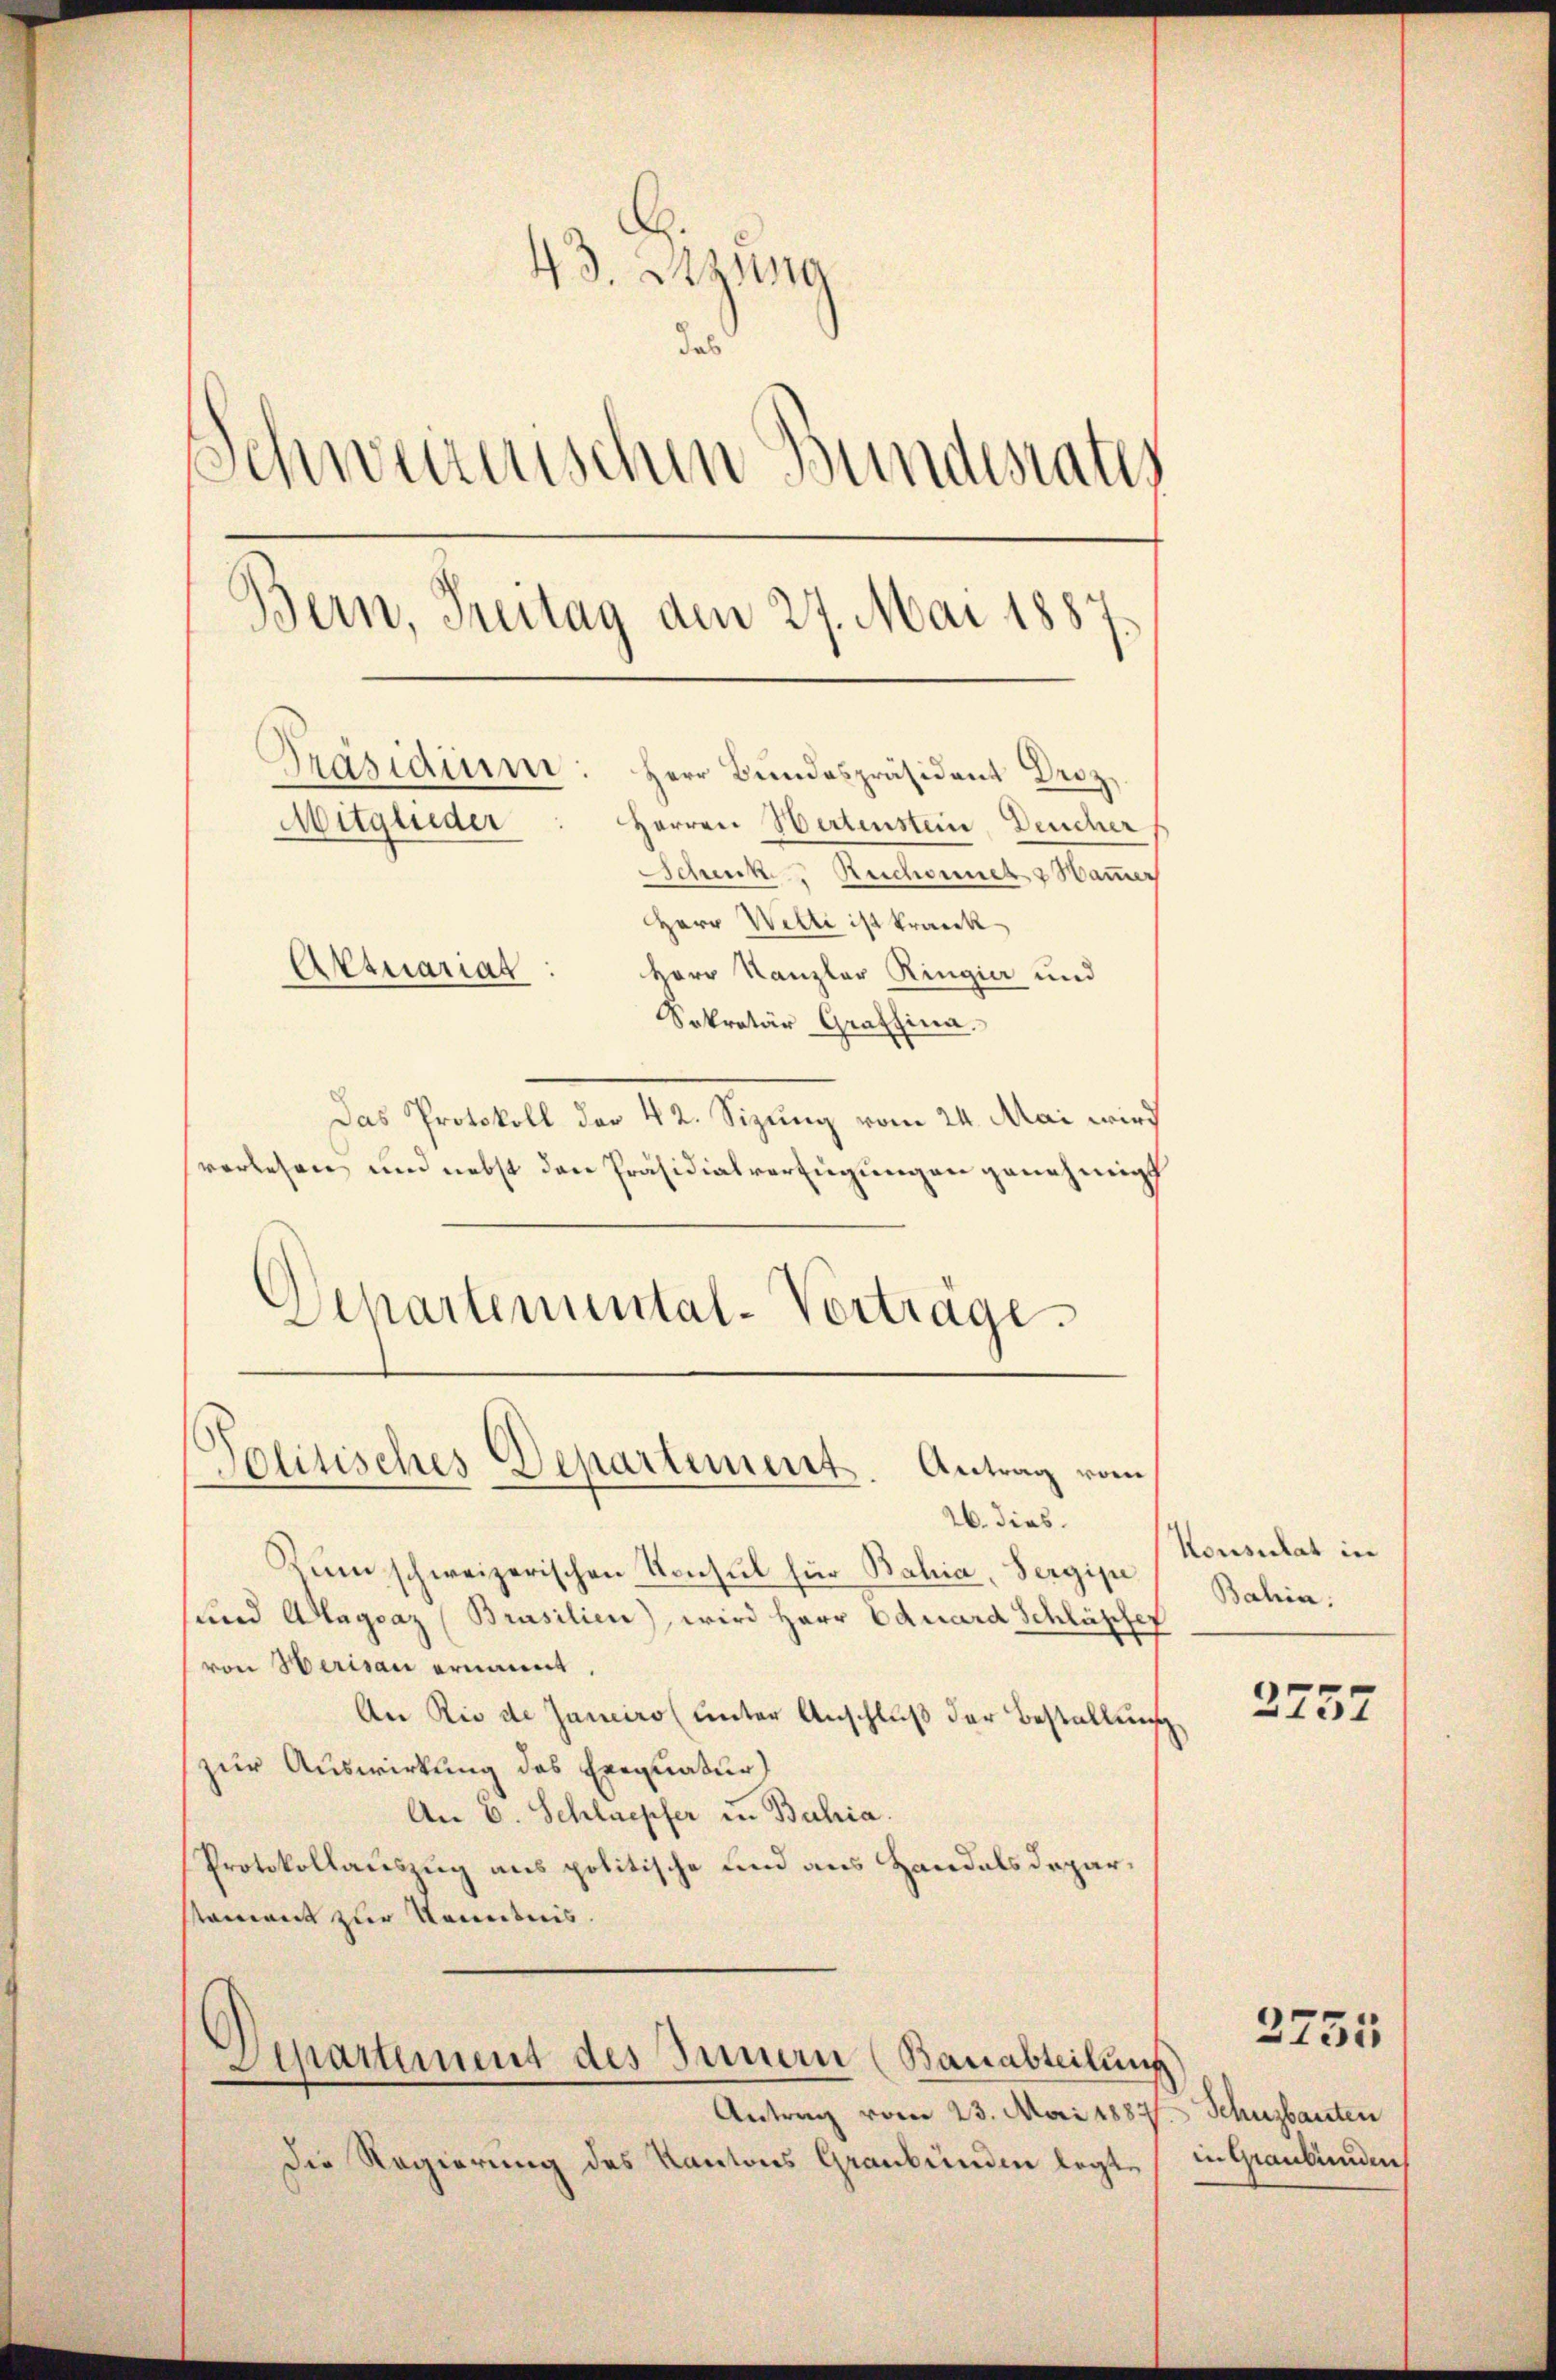
43. Btzung
das
Schweizerischen Bundesrates
sern, Treitag den 27. Mai 1887.
Präsidium. Herr Bŭndespräsident Droz,
Mitglieder
Herren Wertenstein, Deucher
Schenk. Reichnet & Hammer
Herr Welti ist krank
Aktuariat
Herr Kanzler Ringier und
Sekretär Graffina.

Das Protokoll der 42. Sizung vom 24. Mai wird
verlesen und nebst den Präsidialverfügungen genehmigt
Departemental-Vortrage.

Politisches Departement. Antrag vom

26. dies
Zum schweizerischen Konsul für Bahia, Sergipe
und Alagsaz (Brasilien), wird Herr Eduard Schläpfer
von Herisau ernannt.
An Rio de Janeiro (unter Anschluß der Bestallung
zur Auswirkung des Exequatur
An E. Schlaepfer in Bahia.
Protokollauszug aus politische und aus Handals deparstament zur Kenntnis.
Apartement des Innern (Bauabteilung
Antrag vom 23. Mai 1887
die Regierung des Kantons Graubünden legte, in Graubünden

Konsulat in
Bahia
2737

Schusbauten

2755